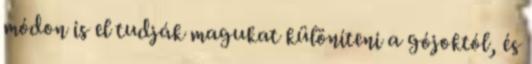
módon is el tudják magukat különíteni a gójoktól, és